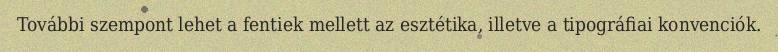
További szempont lehet a fentiek mellett az esztétika, illetve a tipográfiai konvenciók.